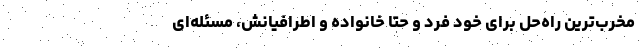
مخرب‌ترین راه‌حل برای خود فرد و حتا خانواده و اطرافیانش، مسئله‌ای